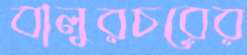
বালুরচরের